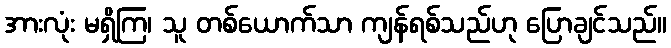
အားလုံး မရှိကြ၊ သူ တစ်ယောက်သာ ကျန်ရစ်သည်ဟု ပြောချင်သည်။